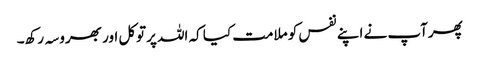
پھرآپ نے اپنے نفس کو ملامت کیا کہ اللہ پرتوکل اور بھروسہ رکھ۔